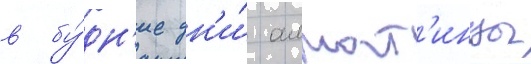
в бу́дн'ие дн'и́ алмат'инцы